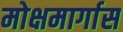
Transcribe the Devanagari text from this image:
मोक्षमार्गास